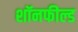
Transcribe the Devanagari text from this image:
शॉनफील्ड